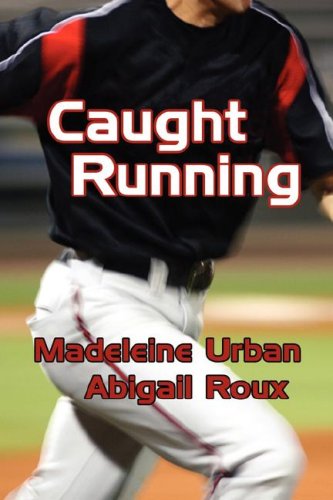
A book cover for Caught Running; Abigail Roux; Romance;